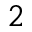
_ { 2 }